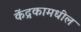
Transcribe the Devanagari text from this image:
केंद्रकामधील